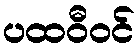
ပထဝီဝင်